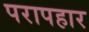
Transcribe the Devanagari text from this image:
परापहार